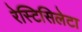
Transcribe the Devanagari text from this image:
रेस्टिसिलेटा